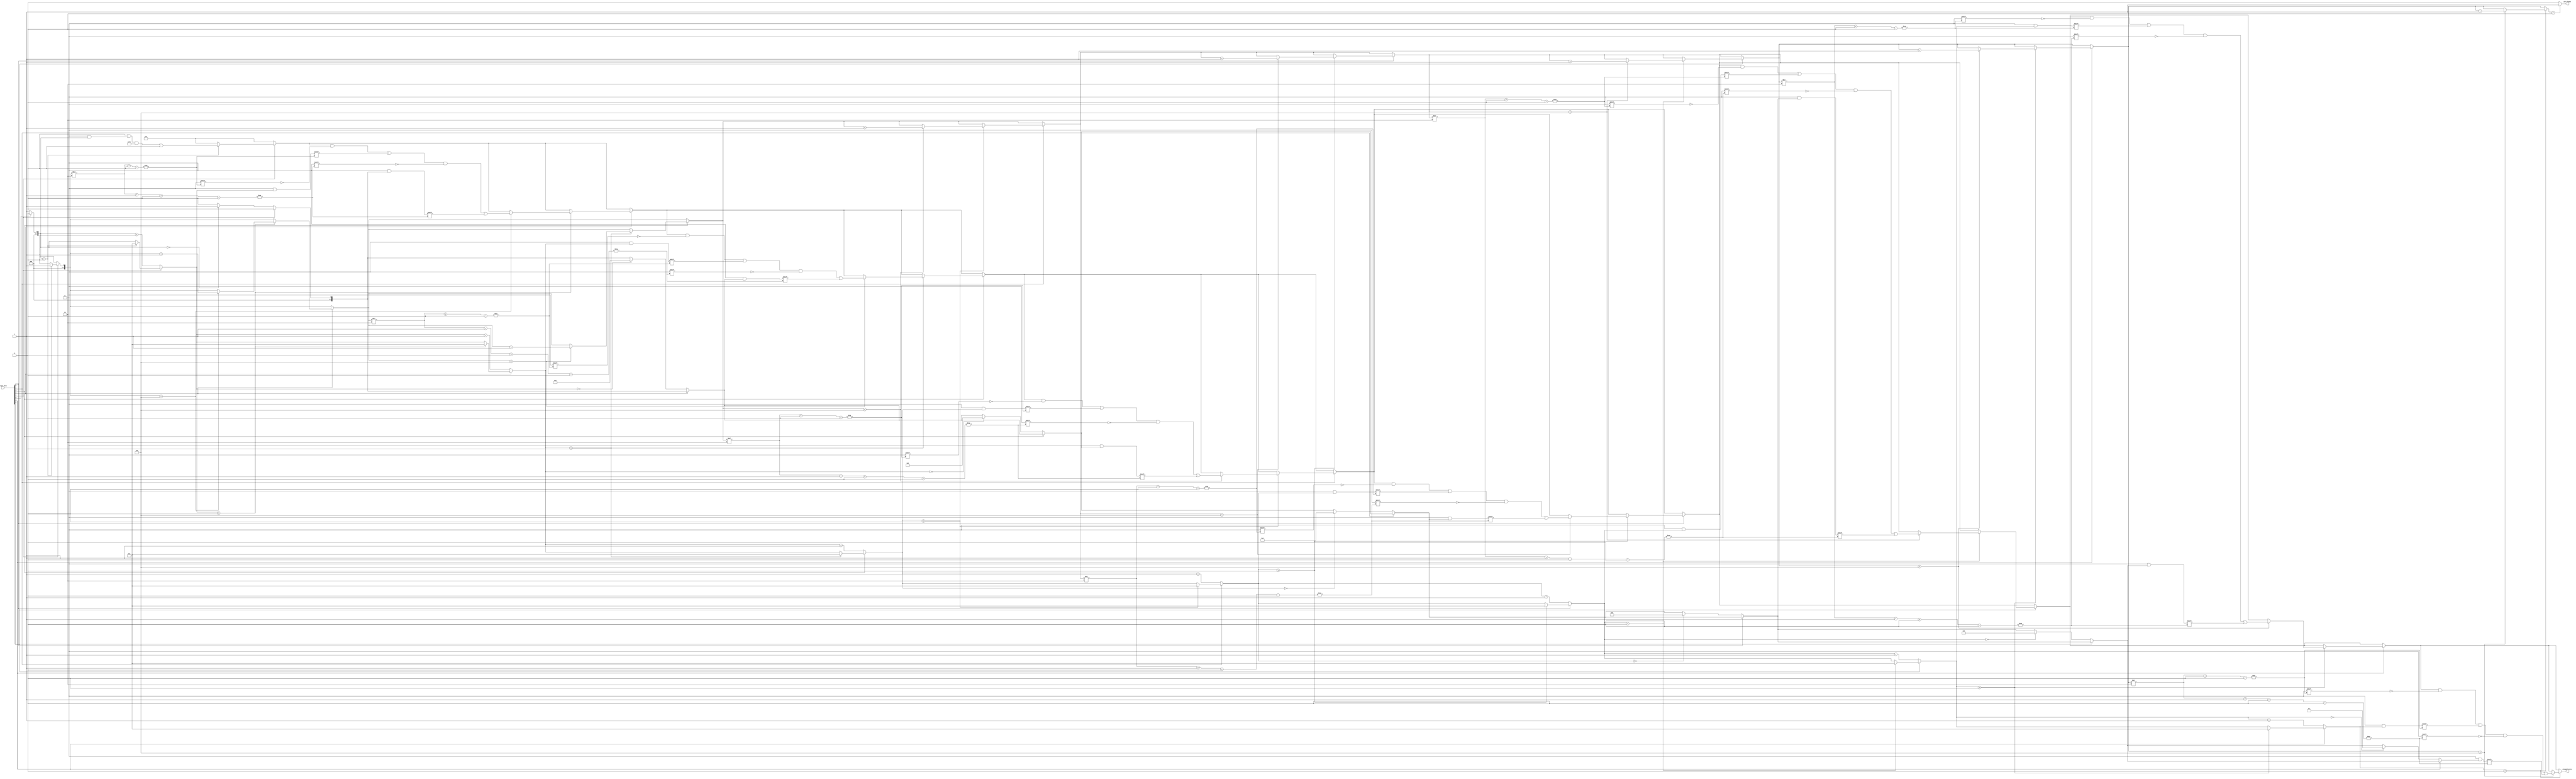
module grouping_of_zeros #(parameter N = 8, // Size of input data
                            parameter MAX_ZEROS = 4) // Maximum number of zero sequences to store
(
    input  wire [N-1:0] input_data,
    output reg  [2*MAX_ZEROS-1:0] grouped_zeros, // Each entry: [length, position]
    output reg  zero_found
);

    integer i;
    reg [3:0] count; // Count of consecutive zeros
    reg [3:0] position; // Position of the first zero in the sequence
    reg [3:0] seq_index; // Index for storing sequences in grouped_zeros

    always @(*) begin
        // Initialize outputs
        grouped_zeros = 0;
        zero_found = 0;
        count = 0;
        position = 0;
        seq_index = 0;

        // Scan through the input_data
        for (i = 0; i < N; i = i + 1) begin
            if (input_data[i] == 0) begin
                // Count consecutive zeros
                if (count == 0) begin
                    position = i; // Mark the position of the first zero
                end
                count = count + 1;
            end else begin
                // If a 1 is encountered and we have counted zeros
                if (count > 0) begin
                    // Store the length and position of the zero sequence
                    if (seq_index < MAX_ZEROS) begin
                        grouped_zeros[seq_index*2 +: 2] = {1'b0, count}; // Store length
                        grouped_zeros[seq_index*2 + 1 +: 2] = position; // Store position
                        seq_index = seq_index + 1;
                    end
                    count = 0; // Reset count
                end
            end
        end

        // Check for any remaining zeros at the end of the input
        if (count > 0) begin
            if (seq_index < MAX_ZEROS) begin
                grouped_zeros[seq_index*2 +: 2] = {1'b0, count}; // Store length
                grouped_zeros[seq_index*2 + 1 +: 2] = position; // Store position
                seq_index = seq_index + 1;
            end
        end

        // Determine if any zero sequences were found
        if (seq_index > 0) begin
            zero_found = 1;
        end
    end

endmodule